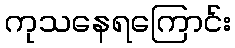
ကုသနေရကြောင်း